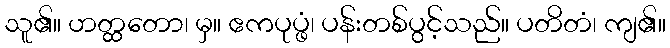
သူ၏။ ဟတ္ထတော၊ မှ။ ဧကပုပ္ဖံ၊ ပန်းတစ်ပွင့်သည်။ ပတိတံ၊ ကျ၏။